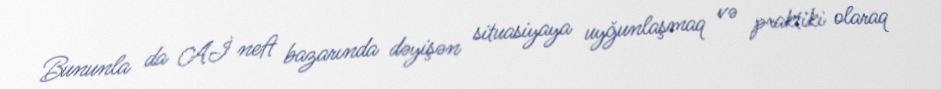
Bununla da Aİ neft bazarında dəyişən situasiyaya uyğunlaşmaq və praktiki olaraq